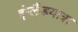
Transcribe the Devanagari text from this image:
इंग्लैंडयात्रा